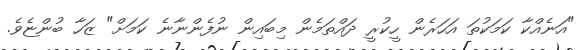
"އަނެއްކާ ކަމަކުތަ އަހަރެން ހީކުރީ ދައްތަމެން މިބައިން ނުފެންނާނެ ކަމަށް" ޒަހާ ބުންޏެވެ.